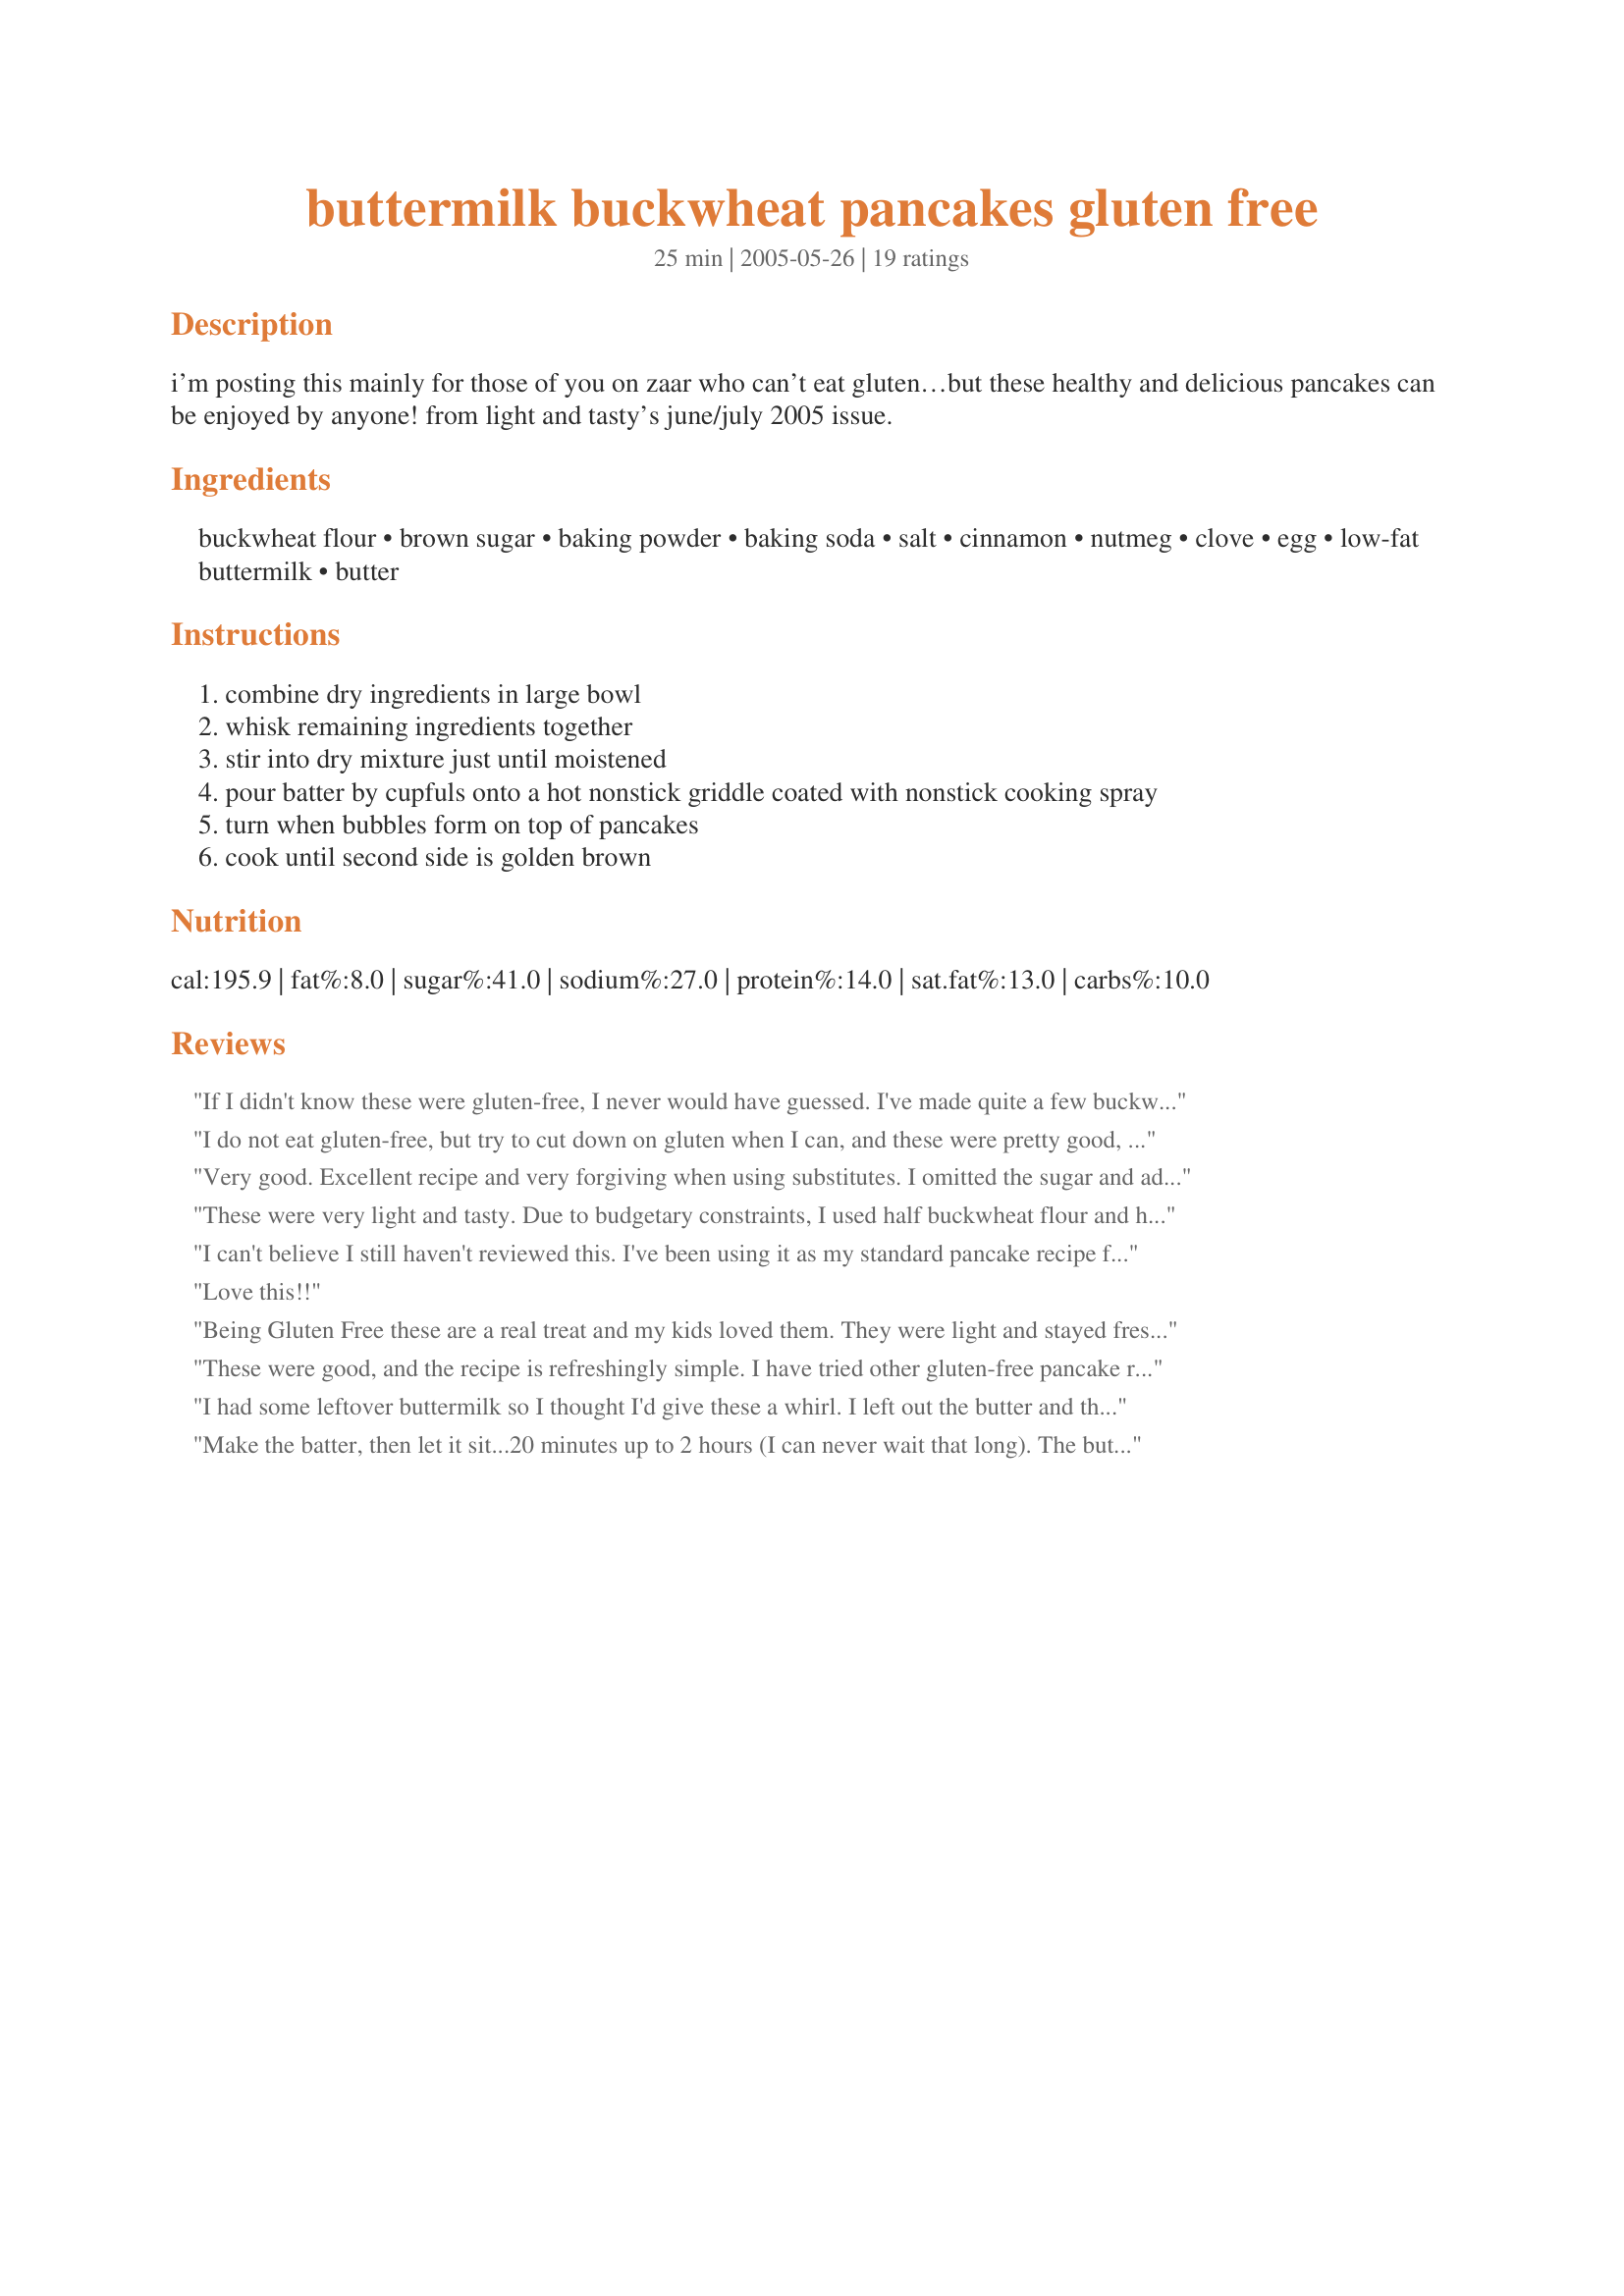
buttermilk buckwheat pancakes gluten free
Preparation time: 25 minutes

i’m posting this mainly for those of you on zaar who can’t eat gluten…but these healthy and delicious pancakes can be enjoyed by anyone! from light and tasty’s june/july 2005 issue.

Ingredients:
buckwheat flour, brown sugar, baking powder, baking soda, salt, cinnamon, nutmeg, clove, egg, low-fat buttermilk, butter

Steps:
combine dry ingredients in large bowl
whisk remaining ingredients together
stir into dry mixture just until moistened
pour batter by cupfuls onto a hot nonstick griddle coated with nonstick cooking spray
turn when bubbles form on top of pancakes
cook until second side is golden brown

Reviews:
If I didn't know these were gluten-free, I never would have guessed. I've made quite a few buckwheat pancake recipes over the years and this is the first one I've made that uses only buckwheat flour, rather than a combination of buckwheat flour and wheat flour. I found that it gave the pancakes a lovely, strong buckwheat flavor, which as a buckwheat-lover I enjoyed. I didn't think it was overpowering at all, nicely balanced by the added spices. They were great with butter and some maple syrup. These were slightly fluffy, but very tender. Good one!
I do not eat gluten-free, but try to cut down on gluten when I can, and these were pretty good, without having a lot of things in them I don't usually have around, like xanthan gum and soy or rice flours. Made as written, but flavor was a bit lacking so would double spices next time.
Very good. Excellent recipe and very forgiving when using substitutes. I omitted the sugar and added 2 extra eggs, used regular milk or yogurt instead of buttermilk, and used melted coconut oil instead of butter. Added shredded carrots, walnuts, vanilla, and coconuts for a yummy treat for me and my picky-eater preschooler! (Who loved them!) Have made them several times now, this recipe is a keeper.
These were very light and tasty. Due to budgetary constraints, I used half buckwheat flour and half rice flour. They still had a wonderful buckwheat flavor. We used strawberry preserves to top them. WHAT A TREAT!!!

Thank you for sharing this recipe. It will be a staple in our house from now on.
I can't believe I still haven't reviewed this. I've been using it as my standard pancake recipe for months and I've never heard anything but praise for it. No one could believe me that this was actually wheat free either. Thanks!
Love this!!
Being Gluten Free these are a real treat and my kids loved them. They were light and stayed fresh. However, as I made them as pikelets instead of pancakes, I doubled the sugar as I didn't find them quite sweet enough.
These were good, and the recipe is refreshingly simple. I have tried other gluten-free pancake recipes and this one is the best both for taste and number of ingredients. I served with warmed cinnamon spiced peaches on top, which was a nice complement to the spices in the pancakes. Thanks for posting!
I had some leftover buttermilk so I thought I'd give these a whirl. I left out the butter and threw in a tbsp of applesauce instead. The pancakes turned out great - came together well, with fluffy texture and good flavour. I got 6 bread-plate sized cakes out of this. 

Thanks!
Make the batter, then let it sit...20 minutes up to 2 hours (I can never wait that long). The buttermilk does something when you wait and makes them super-fluffy! Made the recipe as is, waited before cooking, and my GOODNESS were they good. Thanks for the great recipe!
Fantastic! Delicious! Easy! A Keeper!
I used half buckwheat flour and half whole wheat flour.
Can't wait to have a brunch and wow everybody with this recipe!!!!
Great recipe. I used hemp milk and 1 tsp cider vinegar to replace buttermilk. It worked great. The teenagers ate them fine. One said they were great, one said they were ok, but buckwheat was something these boys have never eaten before. I personally love them. They make me think of my mom making buckwheat pancakes when we were kids.Thanks for a great recipe. It makes the transition to gluten free so much easier when there are great recipes like this .
Wonderful, these have a pumpkin pie kinda flavor maybe that is because i used pumpkin pie spice in place of the spices. These have a mouth feel like real pancakes have to say this makes going gluten free easy peasy! Why i even sent it to my cousin who is also gluten sensitive and has not managed to cook herself edible pancakes. Thanks you may be a messy cook but your a good one!
Delicious, light and fluffy. We substituted date sugar for the brown sugar and 1 TBS vinegar and 1 Cup Hemp milk. I ate them without any toppings because they were so tasty. Would be great with fruit, though.
My family loves this recipe, we make these at least once a week. We are gluten and dairy free, and substitute rice milk for the buttermilk. They can be a bit dry but are amazing and moist with a grated apple added!
Yesterday was my first gluten free day - so I obviously don't have much experience cooking gluten free, but I made these pancakes today and they were surprisingly tasty! I did double the spices because I like extra spice and added an extra tablespoon of brown sugar. Since we can't have dairy either, I had to use almond milk instead of buttermilk. Yummy with peaches and sliced almonds!!!
used a similar recipe from Bob's Red Mill... used milk instead of buttermilk, so did not need baking soda... now I know buckwheat flour is best used in pancakes... easy, healthy and delicious with tahini carob molasses or nutella on top...
Oh yeah! With raspberries and proper maple syrup. :)
Tasted alright, but I might make changes if I made it again, the pancakes didn't really have much flavor. Maybe I'll try doubling the spices...
